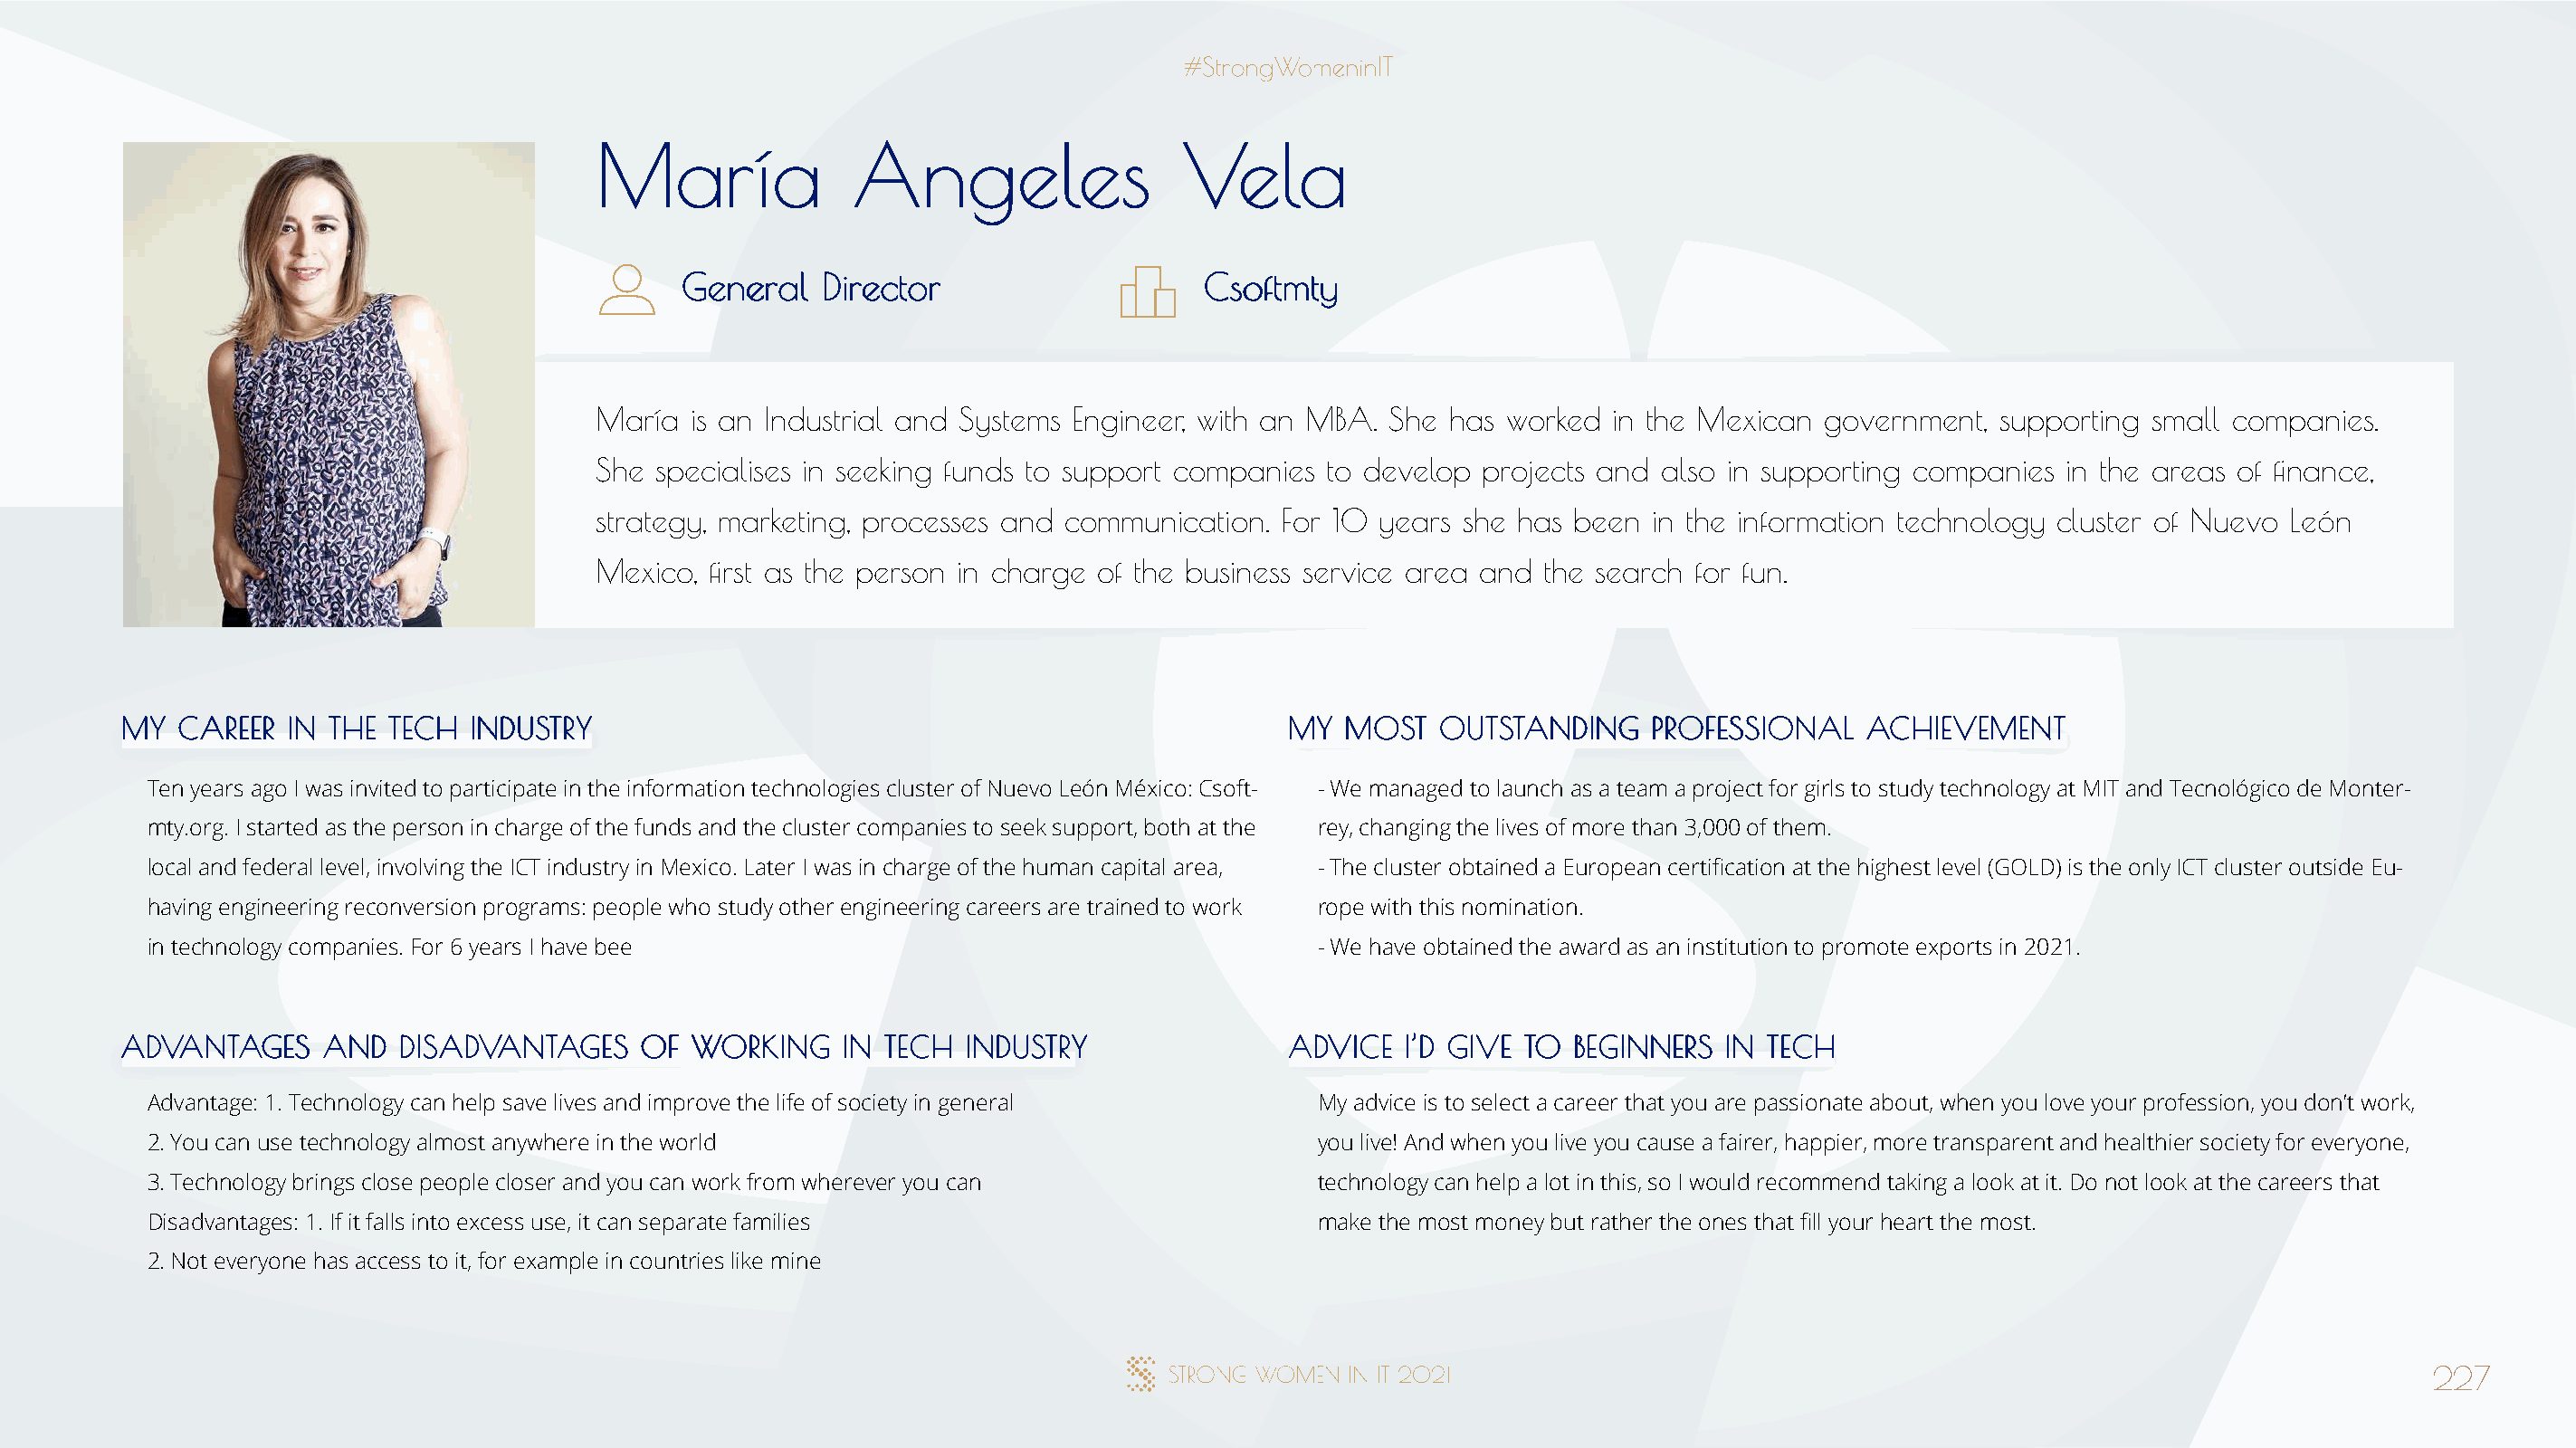
MMaarrííaa        AAnnggeelleess          VVeellaa
 GGeenneerraall DDiirreeccttoorr       CCssooffttmmttyy
 María  is an Industrial and Systems Engineer, with an MBA. She has worked in the Mexican government,  supporting small companies.
 She specialises in seeking funds to support companies to develop projects and also in supporting companies in the areas of finance,
 strategy, marketing, processes and communication. For 10 years she has been  in the information technology cluster of Nuevo León
 Mexico, first as the person in charge of the business service area and the search for fun.
 MMYY CCAARREEEERR IINN TTHHEE TTEECCHH IINNDDUUSSTTRRYY                              MMYY MMOOSSTT OOUUTTSSTTAANNDDIINNGG PPRROOFFEESSSSIIOONNAALL AACCHHIIEEVVEEMMEENNTT
 Ten years ago I was invited to participate in the information technologies cluster of Nuevo León México: Csoft- - We managed to launch as a team a project for girls to study technology at MIT and Tecnológico de Monter-
 mty.org. I started as the person in charge of the funds and the cluster companies to seek support, both at the rey, changing the lives of more than 3,000 of them.
 local and federal level, involving the ICT industry in Mexico. Later I was in charge of the human capital area, - The cluster obtained a European certification at the highest level (GOLD) is the only ICT cluster outside Eu-
 having engineering reconversion programs: people who study other engineering careers are trained to work rope with this nomination.
 in technology companies. For 6 years I have bee                                      - We have obtained the award as an institution to promote exports in 2021.
 AADDVVAANNTTAAGGEESS AANNDD DDIISSAADDVVAANNTTAAGGEESS OOFF WWOORRKKIINNGG IINN TTEECCHH IINNDDUUSSTTRRYY AADDVVIICCEE II’’DD GGIIVVEE TTOO BBEEGGIINNNNEERRSS IINN TTEECCHH
 Advantage: 1. Technology can help save lives and improve the life of society in general My advice is to select a career that you are passionate about, when you love your profession, you don’t work,
 2. You can use technology almost anywhere in the world                               you live! And when you live you cause a fairer, happier, more transparent and healthier society for everyone,
 3. Technology brings close people closer and you can work from wherever you can      technology can help a lot in this, so I would recommend taking a look at it. Do not look at the careers that
 Disadvantages: 1. If it falls into excess use, it can separate families              make the most money but rather the ones that fill your heart the most.
 2. Not everyone has access to it, for example in countries like mine
 227